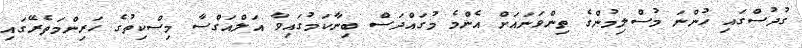
ގުދުސްގައި ހުންނަ މުސްލިމުންގެ ތިންވަނައަށް އެންމެ މުގައްދަސް ބިނާކަމުގައިވާ އަލްއަގްސާ މިސްކިތުގެ ހަރިންމަތެރޭގައި